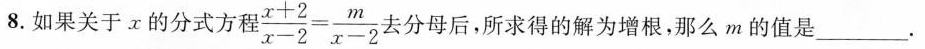
8.如果关于x的分式方程 $$\frac { x + 2 } { x - 2 } = \frac { m } { x - 2 }$$ 去分母后，所求得的解为增根，那么m的值是___.